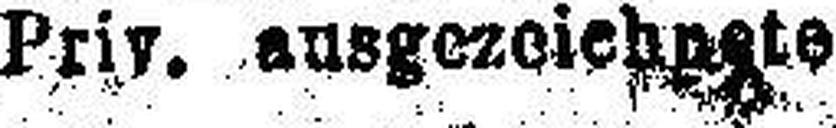
Priv. ausgezoiehp###te